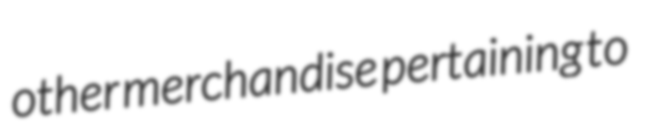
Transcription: other merchandise pertaining to